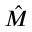
\hat { M }